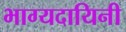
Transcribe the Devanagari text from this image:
भाग्यदायिनी